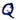
Text: Q